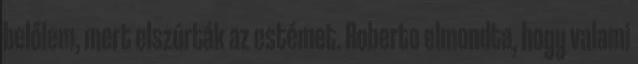
belőlem, mert elszúrták az estémet. Roberto elmondta, hogy valami